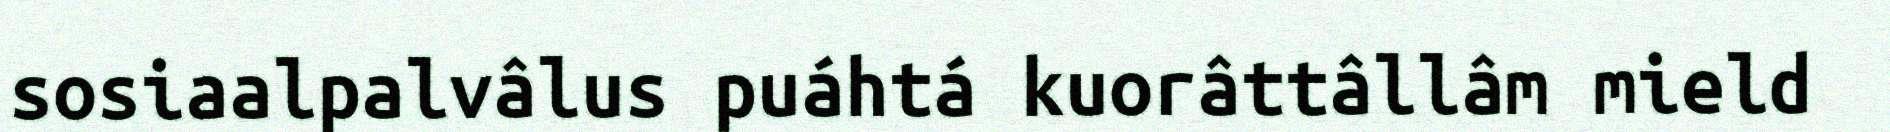
sosiaalpalvâlus puáhtá kuorâttâllâm mield